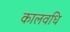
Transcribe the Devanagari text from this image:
कालवधि